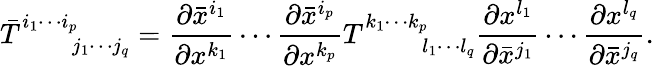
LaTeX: \bar{T}_{\phantom{i_{1}\cdots i_{p}}j_{1}\cdots j_{q}}^{i_{1}\cdots i_{p}}=\frac{\partial\bar{x}^{i_{1}}}{\partial x^{k_{1}}}\cdots\frac{\partial\bar{x}^{i_{p}}}{\partial x^{k_{p}}}T_{\phantom{k_{1}\cdots k_{p}}l_{1}\cdots l_{q}}^{k_{1}\cdots k_{p}}\frac{\partial x^{l_{1}}}{\partial\bar{x}^{j_{1}}}\cdots\frac{\partial x^{l_{q}}}{\partial\bar{x}^{j_{q}}}.